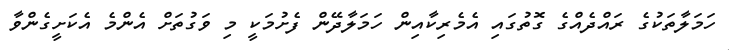
ހަމަލާތަކުގެ ރައްދެއްގެ ގޮތުގައި އެމެރިކާއިން ހަމަލާދޭން ފެށުމަކީ މި ވަގުތަށް އެންމެ އެކަށީގެންވާ